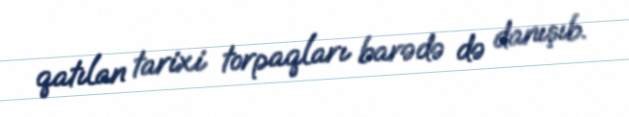
qatılan tarixi torpaqları barədə də danışıb.